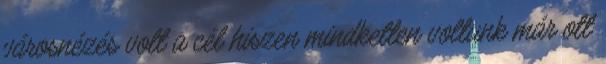
városnézés volt a cél hiszen mindketten voltunk már ott